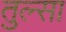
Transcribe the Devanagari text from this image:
तुल्सा